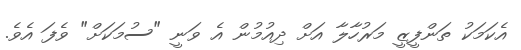
އެކަމަކު ތަންފީޒީ މަރުހާލާ އަށް ދިއުމުން އެ ވަނީ "ސުމަކަށް" ވެފަ އެވެ.